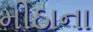
મીઠાના